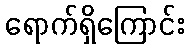
ရောက်ရှိကြောင်း